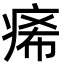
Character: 㾙